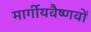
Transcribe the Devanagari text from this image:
मार्गीयवैष्णवों